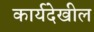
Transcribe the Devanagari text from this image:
कार्यदेखील